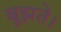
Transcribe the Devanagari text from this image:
बूझते।